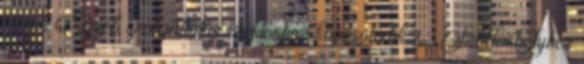
– a z Egyéb szolgáltatás szektorhoz kapcsolódik 7 ▪„Szálláshelyhez